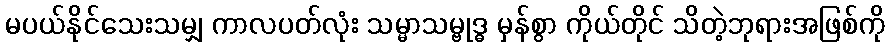
မပယ်နိုင်သေးသမျှ ကာလပတ်လုံး သမ္မာသမ္ဗုဒ္ဓ မှန်စွာ ကိုယ်တိုင် သိတဲ့ဘုရားအဖြစ်ကို